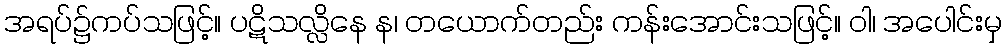
အရပ်၌ကပ်သဖြင့်။ ပဋိသလ္လိနေ န၊ တယောက်တည်း ကန်းအောင်းသဖြင့်။ ဝါ၊ အပေါင်းမှ